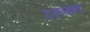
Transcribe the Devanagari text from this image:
दस्तबन्द